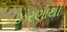
ઝરણાથી